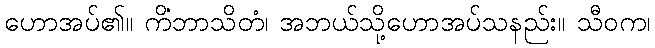
ဟောအပ်၏။ ကိံဘာသိတံ၊ အဘယ်သို့ဟောအပ်သနည်း။ သီဝက၊